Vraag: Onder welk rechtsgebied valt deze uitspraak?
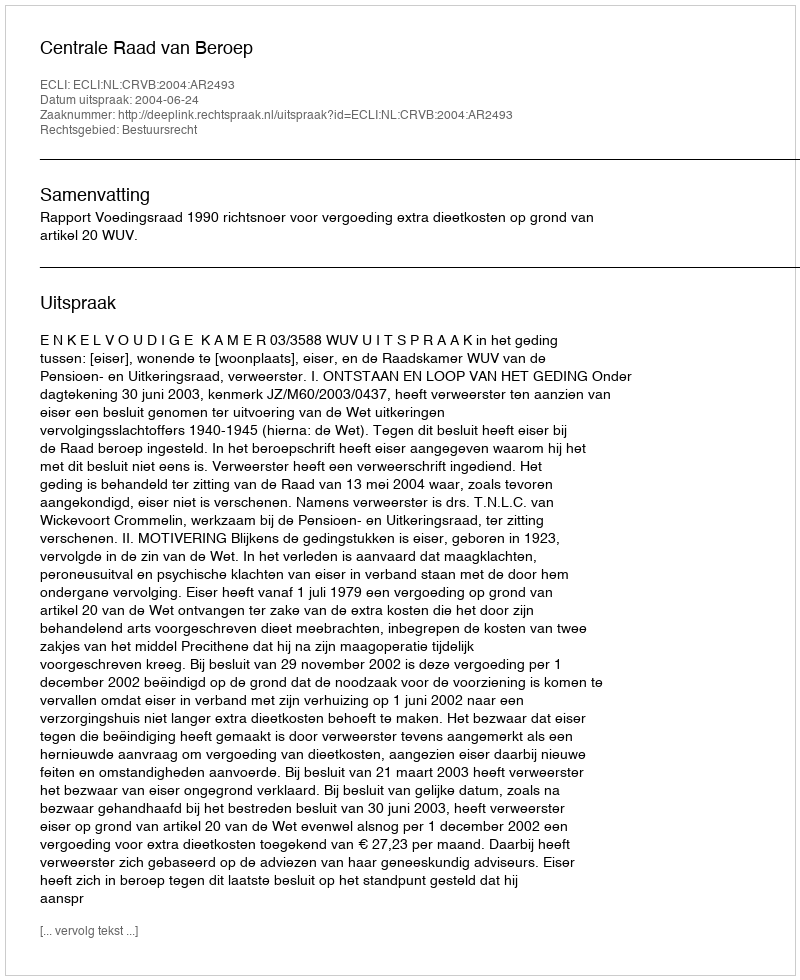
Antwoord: Bestuursrecht